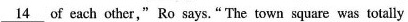
\underline{14} of each other,"Ro says."The town square was totally